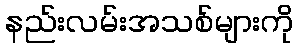
နည်းလမ်းအသစ်များကို